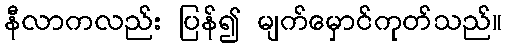
နီလာကလည်း ပြန်၍ မျက်မှောင်ကုတ်သည်။